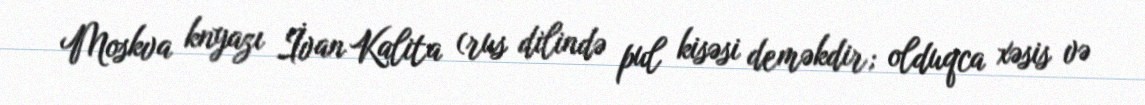
Moskva knyazı İvan Kalita (rus dilində pul kisəsi deməkdir; olduqca xəsis və